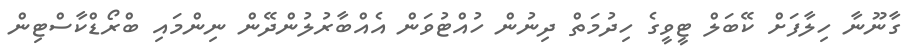
ގާނޫނާ ހިލާފަށް ކޭބަލް ޓީވީގެ ހިދުމަތް ދިނުން ހުއްޓުވަން އެއްބާރުލުންދޭން ނިންމައި ބްރޯޑްކާސްޓިން